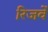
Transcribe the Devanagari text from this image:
रिजर्वे